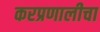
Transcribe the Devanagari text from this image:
करप्रणालीचा